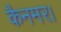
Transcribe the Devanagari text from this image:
कैनमर।